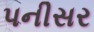
પનીસર